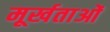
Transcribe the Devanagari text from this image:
मूर्खताओं